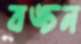
বঙ্চন